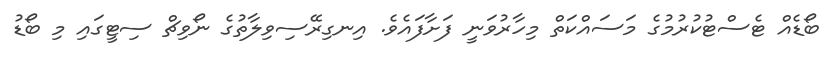
ބޯޑެއް ޓެސްޓުކުރުުމުގެ މަސައްކަތް މިހާރުވަނީ ފަށާފައެވެ. އިނގިރޭސިވިލާތުގެ ނޯވިޗް ސިޓީގައި މި ބޯޑު